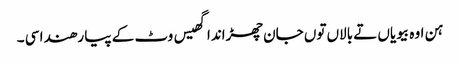
ہن اوہ بیویاں تے بالاں توں جان چھڑاندا گھیس وٹ کے پیا رھندا سی ۔